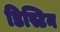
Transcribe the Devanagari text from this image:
डिस्टिन